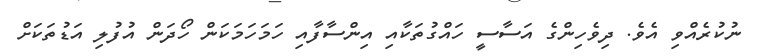
ނުކުރެއްވި އެވެ. ދިވެހިންގެ އަސާސީ ހައްގުތަކާއި އިންސާފާއި ހަމަހަމަކަން ހޯދަން އުފުލިި އަޑުތަކަށް